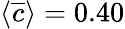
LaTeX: \langle\overline{{c}}\rangle=0.40